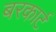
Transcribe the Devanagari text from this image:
बरकार्ट